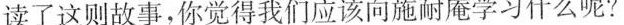
读了这则故事，你觉得我们应该向施耐庵学习什么呢？